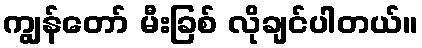
ကျွန်တော် မီးခြစ် လိုချင်ပါတယ်။